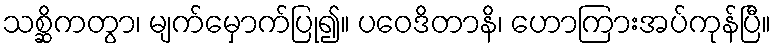
သစ္ဆိကတွာ၊ မျက်မှောက်ပြု၍။ ပဝေဒိတာနိ၊ ဟောကြားအပ်ကုန်ပြီ။